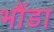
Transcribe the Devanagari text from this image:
भौंडा